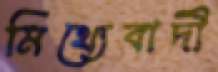
মিথ্যেবাদী